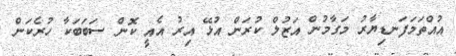
އުއްތަމަފަނޑިޔާރު މަގާމުން އަޒުލް ކުރަން އުޅޭ އިރު އެއީ ކޮން ސަބަބަކާ ހުރެކަން